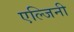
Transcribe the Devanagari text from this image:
एल्जिनी